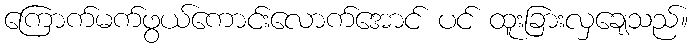
ကြောက်မက်ဖွယ်ကောင်းလောက်အောင် ပင် ထူးခြားလှချေသည်။